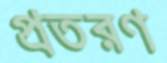
প্রতরণ